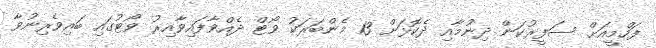
ފަހްމީއަށް ސަފީރުކަން ދިނުމާއި ދެކޮޅަށް 13 މެންބަރަކު ވޯޓް ދެއްވާފައިވާއިރު ވޯޓުގައި ބައިވެރިނުވާ